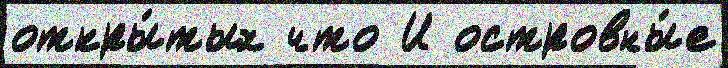
откры́тых что И островны́е